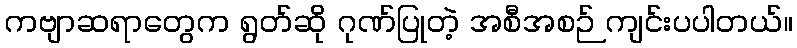
ကဗျာဆရာတွေက ရွတ်ဆို ဂုဏ်ပြုတဲ့ အစီအစဉ် ကျင်းပပါတယ်။